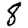
Digit: 8